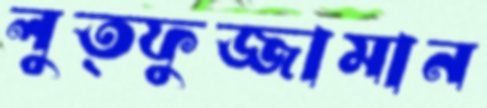
লুত্ফুজ্জামান